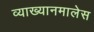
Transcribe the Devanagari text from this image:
व्याख्यानमालेस